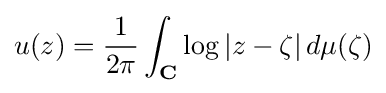
u(z)={\frac {1}{2\pi }}\int _{\mathbf {C} }\log |z-\zeta |\,d\mu (\zeta )